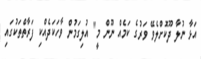
އަޅާ ނުލާ ދޫކޮށްލެވޭ ވަރުގެ ކަމެއް ނޫން މީ" އުލިގަމުން ވާހަކަދެއްކި ފަރާތްތަކުގައި